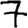
Digit: 7